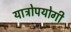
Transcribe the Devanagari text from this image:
यात्रोपयोगी